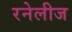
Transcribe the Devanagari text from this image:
रनेलीज